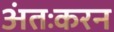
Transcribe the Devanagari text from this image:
अंतःकरन